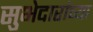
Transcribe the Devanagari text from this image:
सुभेदारांच्या